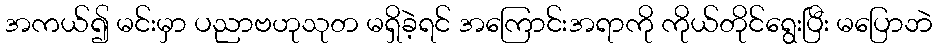
အကယ်၍ မင်းမှာ ပညာဗဟုသုတ မရှိခဲ့ရင် အကြောင်းအရာကို ကိုယ်တိုင်ရွေးပြီး မပြောဘဲ